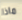
ماذا